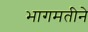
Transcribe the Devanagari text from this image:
भागमतीने